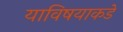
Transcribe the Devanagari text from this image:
याविषयाकडे